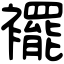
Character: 襬